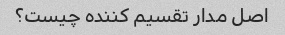
اصل مدار تقسیم کننده چیست؟